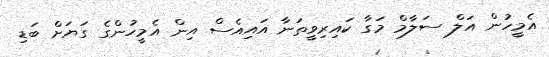
އެމީހުން އަލް ސަލާމް މަގާ ކައިރިވީތަނާ އައިއެސް އިން އެމީހުންގެ ގަޔަށް ބަޑި